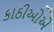
કાઠીઓએ